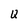
Character: Q